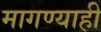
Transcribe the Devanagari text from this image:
मागण्याही